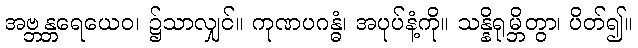
အဗ္ဘန္တရေယေဝ၊ ၌သာလျှင်။ ကုဏပဂန္ဓံ၊ အပုပ်နံ့ကို။ သန္နိရုမ္ဘိတွာ၊ ပိတ်၍။